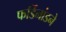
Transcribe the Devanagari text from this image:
फर्डिनांडने